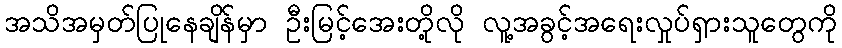
အသိအမှတ်ပြုနေချိန်မှာ ဦးမြင့်အေးတို့လို လူ့အခွင့်အရေးလှုပ်ရှားသူတွေကို